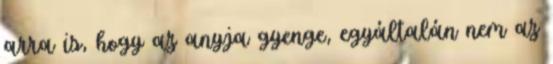
arra is, hogy az anyja gyenge, egyáltalán nem az